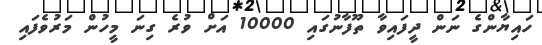
ހައިޔާންގެ ނަން ދީފައިވާ ތޫފާނުުގައި 10000 އަށް ވުރެ ގިނަ މީހުން މަރުވެފައި